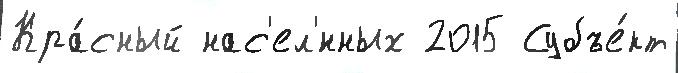
Кра́сный нас'ел'́нных 2015 Субъе́кт